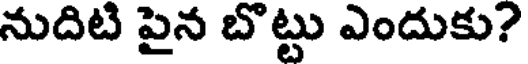
నుదిటి పైన బొట్టు ఎందుకు?